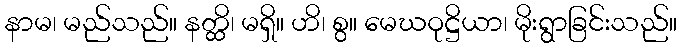
နာမ၊ မည်သည်။ နတ္ထိ၊ မရှိ။ ဟိ၊ စွ။ မေဃဝုဋ္ဌိယာ၊ မိုးရွာခြင်းသည်။